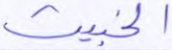
الخبيث